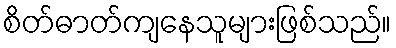
စိတ်ဓာတ်ကျနေသူများဖြစ်သည်။